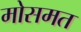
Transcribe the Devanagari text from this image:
मोसमत